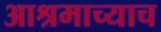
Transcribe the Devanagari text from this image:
आश्रमाच्याच